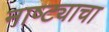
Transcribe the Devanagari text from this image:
नाष्ट्याचा